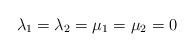
LaTeX: \begin{align*}\lambda_1 = \lambda_2 = \mu_1 = \mu_2 = 0 \end{align*}